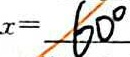
x = 6 0 ^ { \circ }